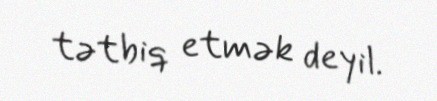
tətbiq etmək deyil.